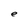
Character: e